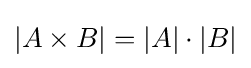
|A\times B|=|A|\cdot |B|